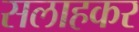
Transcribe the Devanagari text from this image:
सलाहकर